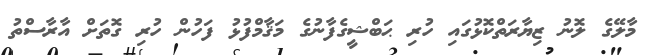
މާލޭގެ ލޮނު ޒިޔާރަތްކޮޅުގައި ހުރި ޙަބްޝީގެފާނުގެ މަޤާމްފުޅު ފަހުން ހުރި ގޮތަށް އާރާސްތު